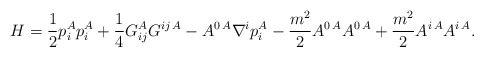
\begin{align*}H=\frac{1}{2}p_i^A p_i^A+\frac{1}{4}G_{ij}^A G^{ij\, A} -A^{0\, A}\nabla^i p_i^A -\frac{m^2}{2}A^{0\, A} A^{0\, A}+\frac{m^2}{2}A^{i\, A} A^{i\, A}.\end{align*}